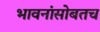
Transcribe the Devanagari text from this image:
भावनांसोबतच